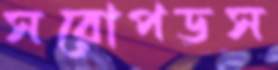
সরোপডস